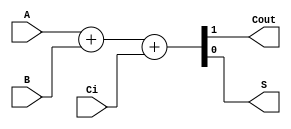
`timescale 1ns / 1ps
//////////////////////////////////////////////////////////////////////////////////
// Company: 
// Engineer: 
// 
// Design Name: 
// Module Name:    sum1bcc 
// Project Name: 
// Target Devices: 
// Tool versions: 
// Description: 
//
// Dependencies: 
//
// Revision: 
// Revision 0.01 - File Created
// Additional Comments: 
//
//////////////////////////////////////////////////////////////////////////////////

module sum1bcc (A, B, Ci,Cout,S);

  input  A;
  input  B;
  input  Ci;
  output Cout;
  output S;

  wire [1:0] st;
  assign S = st[0];
  assign Cout = st[1];

  assign st  = 	A+B+Ci;
 
  
endmodule